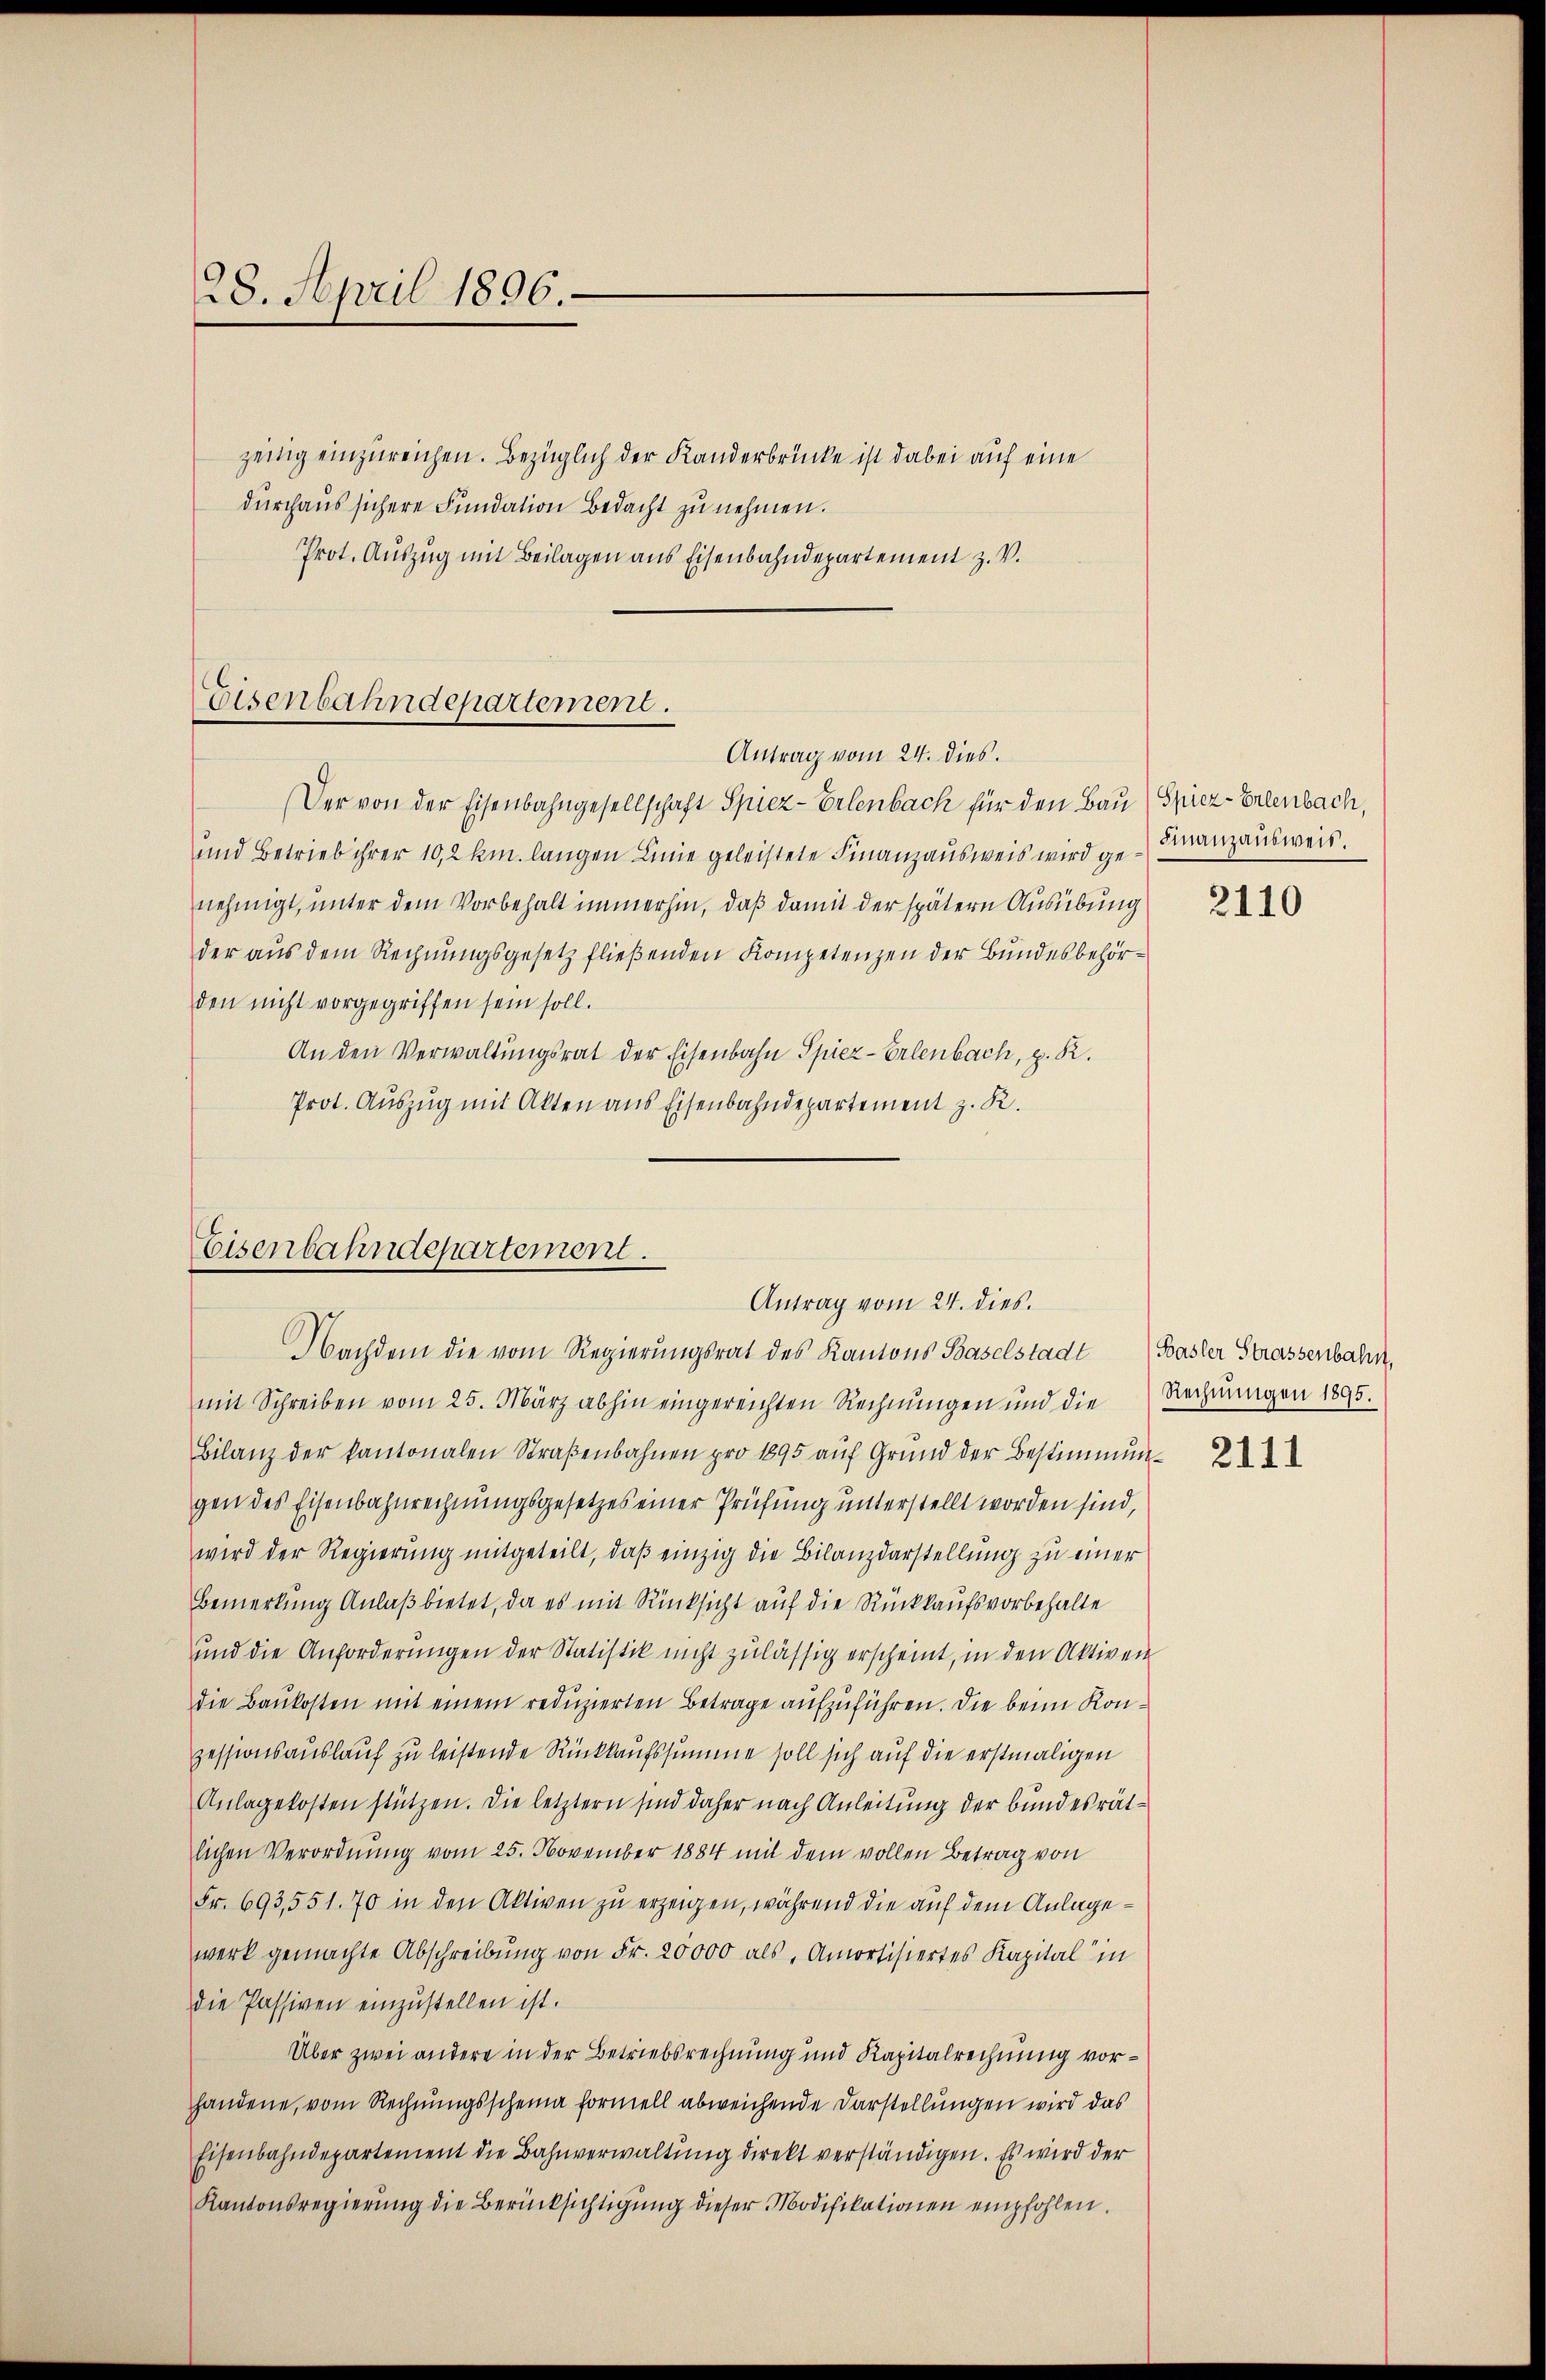
28. April 1896.

zeitig einzureichen. Bezüglich der Kanderbrücke ist dabei auf eine
durchaus sichere Fundation Bedacht zu nehmen.
Prot. Auszug mit Beilagen aus Eisenbahndepartement z. V.

Eisenbahndepartement.
Antrag vom 24. dies.

Der von der Eisenbahngesellschaft Spiez-Erlenbach für den Bau (Spiez-Erlenbach,
und Betrieb ihrer 10,2 km. langen Linie geleistete Finanzausweis wird genehmigt, unter dem Vorbehalt immerhin, daß damit der spätern Ausübung
der aus dem Rechnungsgesetz fließenden Kompetenzen der Bundesbehörden nicht vorgegriffen sein soll.
An den Verwaltungsrat der Eisenbahn Spiez-Erlenbach, z. R.
Prot. Auszug mit Akten aus Eisenbahndepartement z. R.

Eisenbahndepartement.
Antrag vom 24. dies.
Nachdem die vom Regierungsrat des Kantons Baselstadt

Finanzausweis.
2110

mit Schreiben vom 25. März abhin eingereichten Rechnungen und die Rechnŭngen 1895.
Bilanz der kantonalen Straβenbahnen pro 1895 aŭf Grŭnd der Bestimmun-
gen des Eisenbahnrechnungsgesetzes einer Prüfung unterstellt worden sind,
wird der Regierung mitgeteilt, daß einzig die Bilanzdarstellung zu einer
Bemerkung Anlaß bietet, da es mit Rücksicht auf die Rückkaufsvorbehalte
und die Anforderungen der Statistik nicht zulässig erscheint, in den Aktiven
die Baukosten mit einem reduzierten Betrage aufzuführen. Die beim Konzessionsauslauf zu leistende Rückkaufssumme soll sich auf die erstmaligen
Anlagekosten stützen. Die letztern sind daher nach Anleitung der bundesrätlichen Verordnung vom 25. November 1884 mit dem vollen Betrag von
Fr. 693,551. 70 in den Aktiven zu erzeigen, während die auf dem Anlagewerk gemachte Abschreibung von Fr. 20000 als, Amortisiertes Kapital in
die Passiven einzustellen ist.
Über zwei andere in der Betriebsrechnung und Kapitalrechnung vorhandene, vom Rechnungsscheina formell abweichende Darstellungen wird das
Eisenbahndepartement die Bahnverwaltŭng direkt verständigen. Es wird der
Kantonsregierung die Berücksichtigung dieser Modifikationen empfohlen.

Basler Strassenbahn,